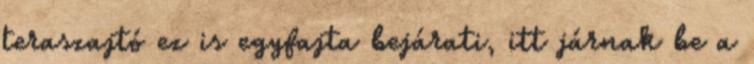
teraszajtó ez is egyfajta bejárati, itt járnak be a